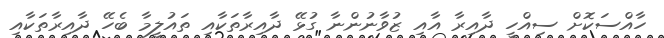
ހާއްސަކޮށް ސިއްހީ ދާއިރާ އާއި ޒުވާނުންނާ ގުޅޭ ދާއިރާތަކާއި ތައުލީމާ ބެހޭ ދާއިރާތަކާއި